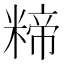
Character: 𮇱